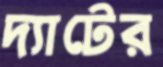
দ্যাটের